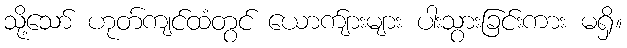
သို့သော် ဟုတ်ကျင်ထံတွင် ယောက်ျားများ ပါးသွားခြင်းကား မရှိ။